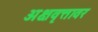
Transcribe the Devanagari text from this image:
अक्षवृत्तावर